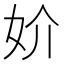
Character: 妎